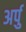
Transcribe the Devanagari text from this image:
अर्पु